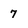
Character: 7